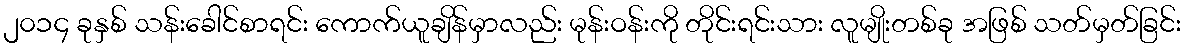
၂၀၁၄ ခုနှစ် သန်းခေါင်စာရင်း ကောက်ယူချိန်မှာလည်း မုန်းဝန်းကို တိုင်းရင်းသား လူမျိုးတစ်ခု အဖြစ် သတ်မှတ်ခြင်း